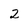
Character: 2